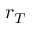
r _ { T }